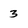
Character: 3